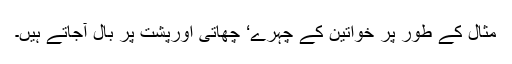
مثال کے طور پر خواتین کے چہرے‘ چھاتی اورپشت پر بال آجاتے ہیں۔